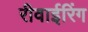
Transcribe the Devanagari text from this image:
रीवाईरिंग